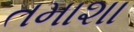
તમાશા